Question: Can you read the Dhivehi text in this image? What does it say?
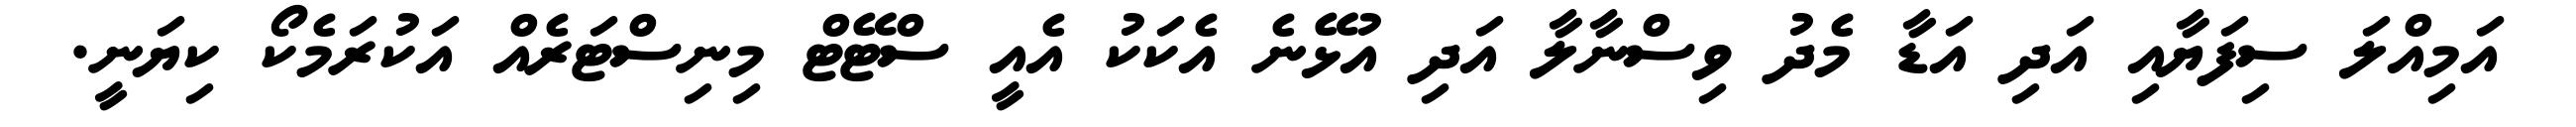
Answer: އަމިއްލަ ސިފަޔާއި އަދި އަޑާ މެދު ވިސްނާލާ އަދި އުޅޭނެ އެކަކު އެއީ ސްޓޭޓް މިނިސްޓަރެއް އަކުރަމެކޯ ކިޔަނީ.